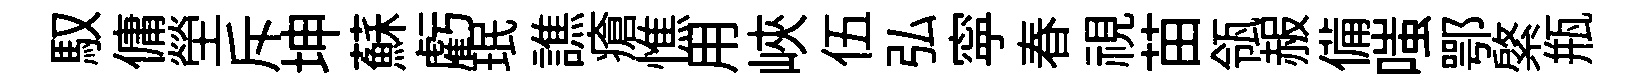
馭傭塋斥坤蘇虧珉譙瘡憔用峽伍弘寜春視苗瓴赧備嗤鄂綮瓶